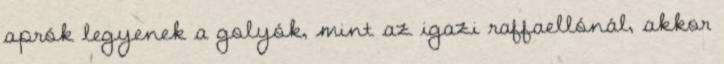
aprók legyenek a golyók, mint az igazi raffaellónál, akkor